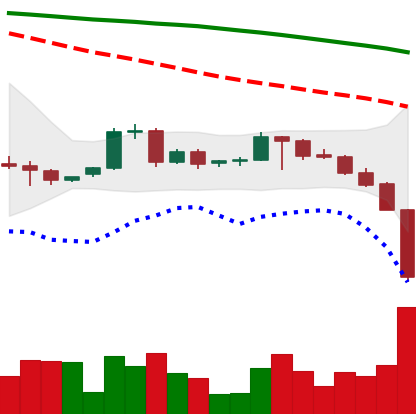
Ticker: BTC-USD
Chart end date: 2022-06-13
Forward return: -15.43%
Label: down_7plus